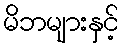
မိဘများနှင့်